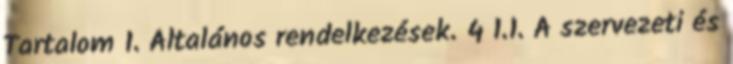
Tartalom 1. Általános rendelkezések. 4 1.1. A szervezeti és